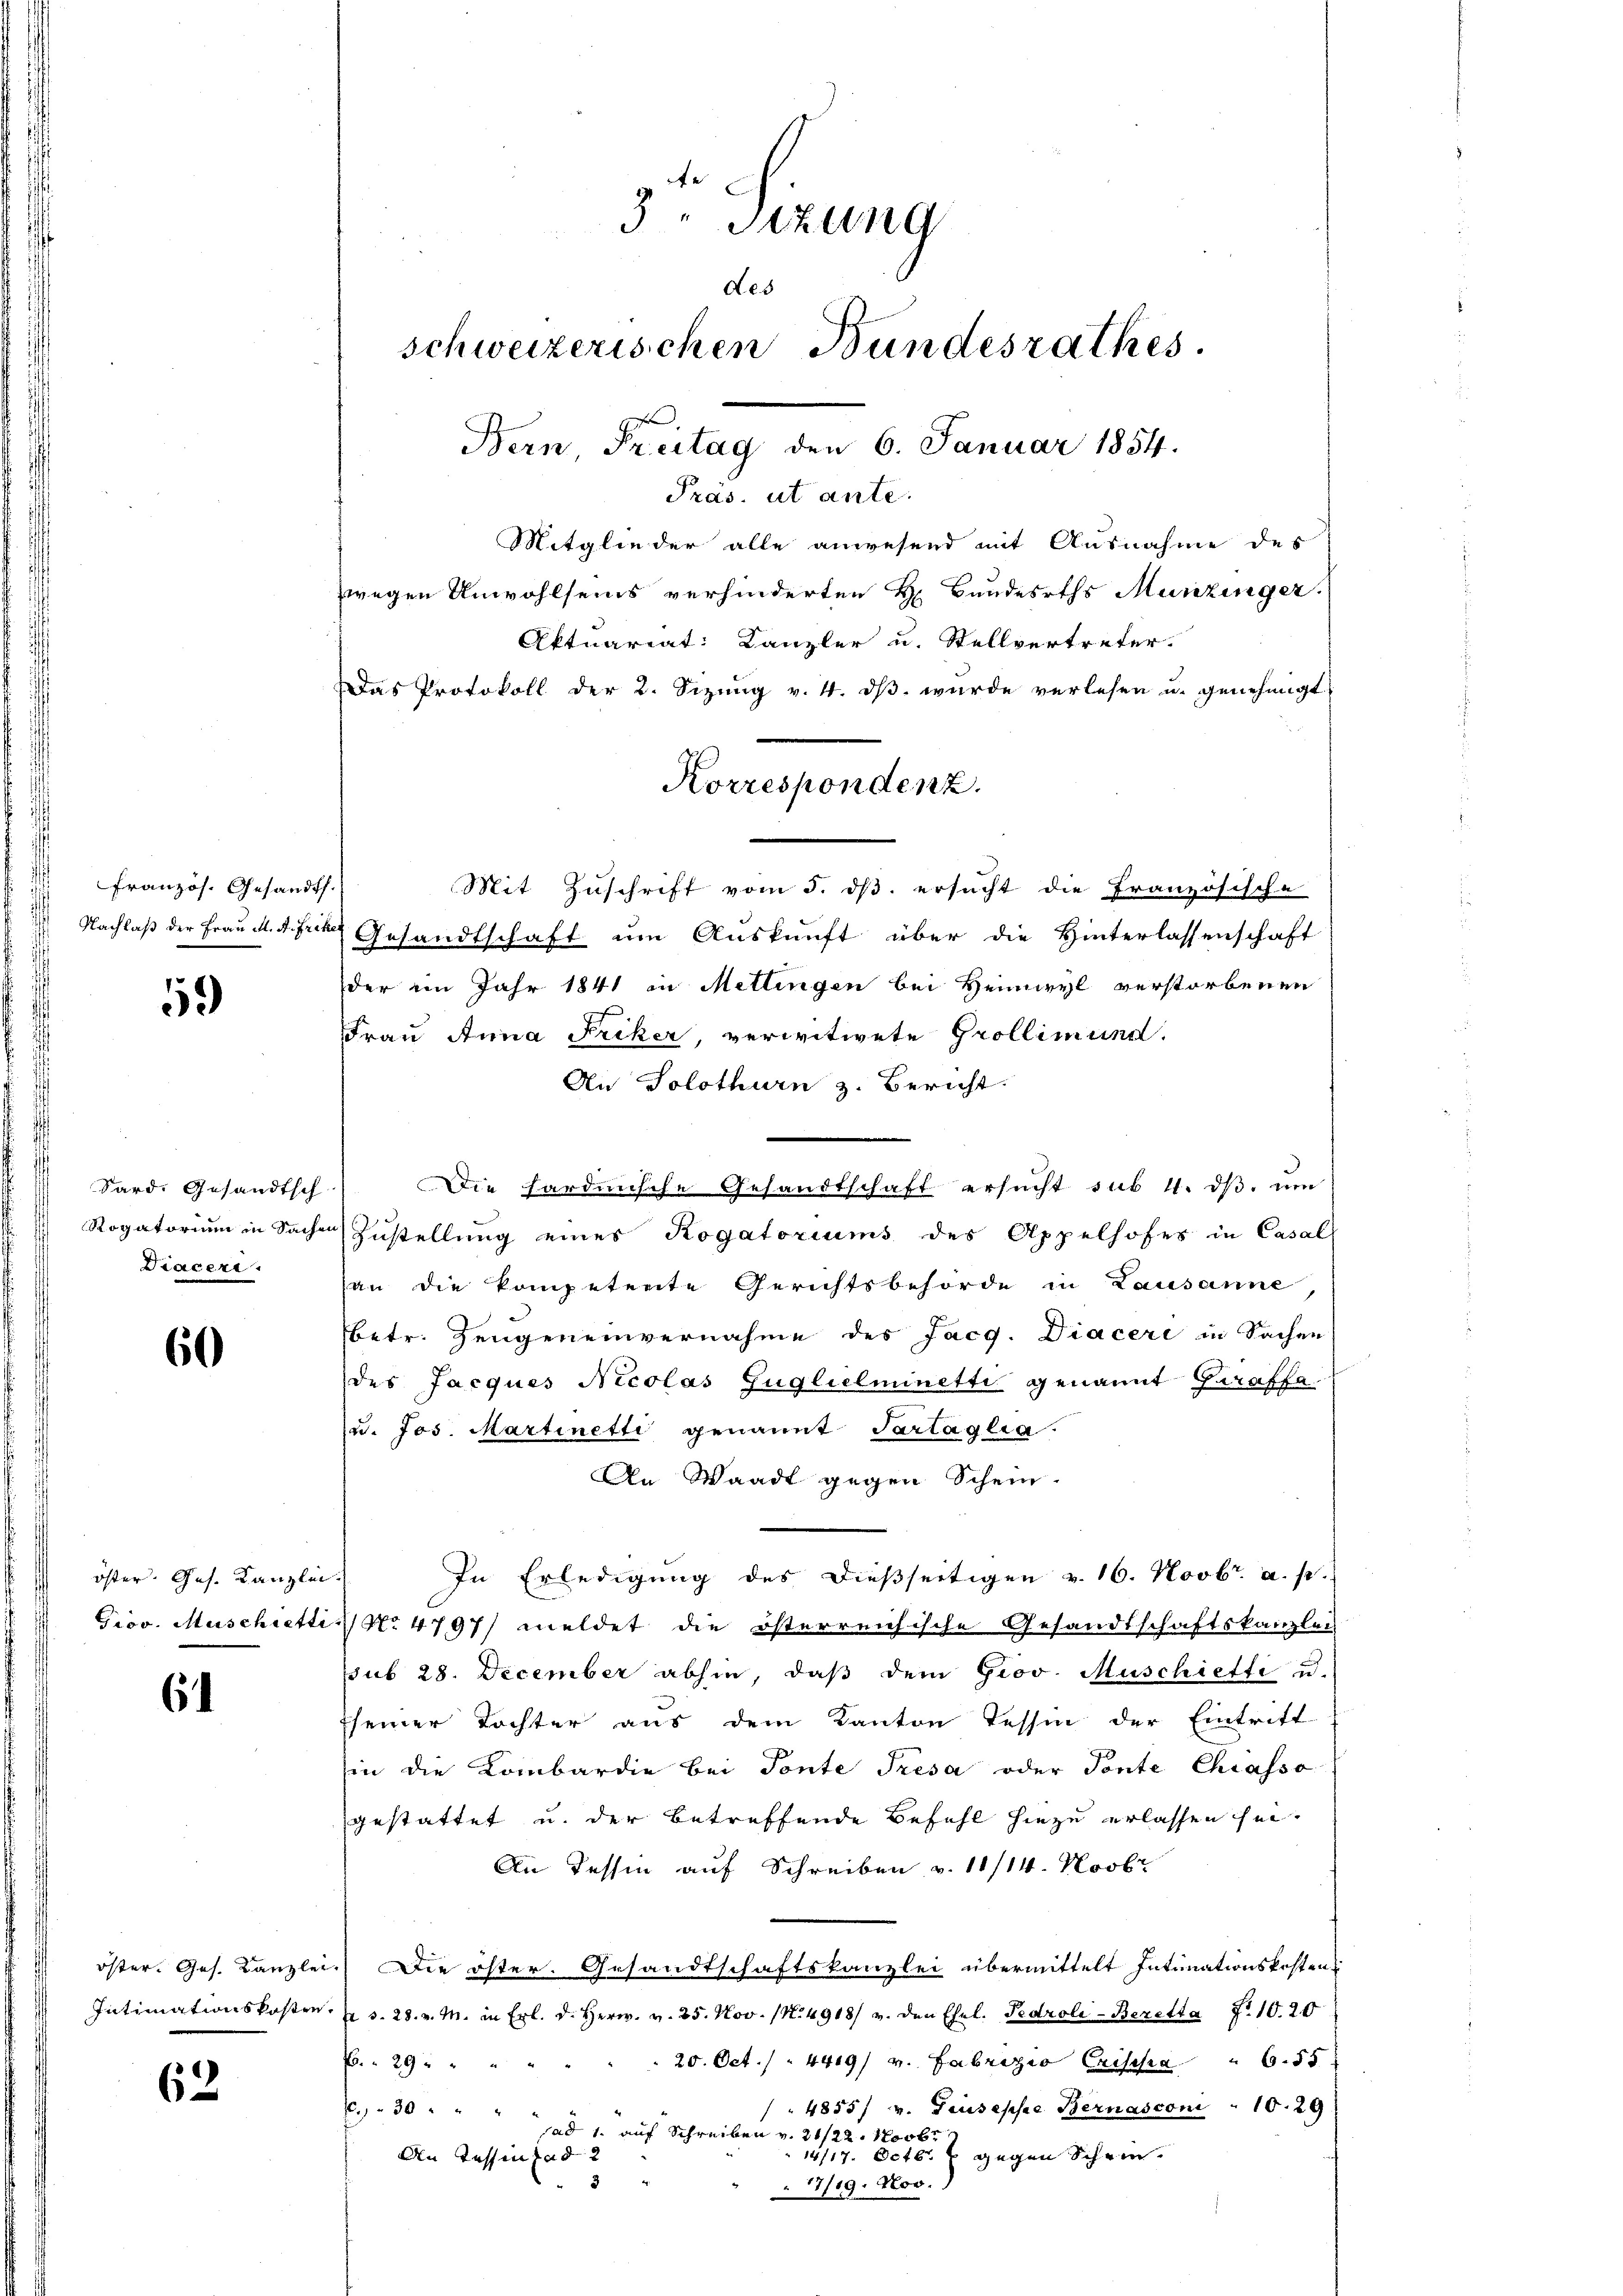
Französ. Gesandts

59

Diacere.

60

öster Jes. Kanzlei.

6

Intimationskostre

62

3- Sizung
des
schweizerischen Bundesrathes.
Bern, Freitag den 6. Januar 1854.

Pras. ut ante.

Korrespondenz.

Mitglieder alle anwesend mit Ausnahme des
zwegen Unwohlseins verhinderten H. Bundesrths Munzinger.
Aktuariat: Kanzler u. Stellvertreter.
Das Protokoll der 2. Sizŭng v. 4. dβ. wurde verlesen u. genehmigt.
Mit Zuschrift vom 5. ds. ersucht die Französische
 Nachlaß der Frau d. M. fiche Gesandtschaft um Auskunft über die Hinterlassenschaft
der im Jahr 1841 in Mettingen bei Heimwyl verstorbenen
Frau Anna Friker, verwitwete Grollimund.
An Solothurn z. Bericht.
Sard. Gesandtsch. Die hardinische Gesandtschaft ersucht sub 1. dβ. um
Rogatorium in Sache Zustellung eines Rogatoriums des Appelhofes in Casal
an die kompetente Gerichtsbehörde in Lausanne,
(betr. Zeugeneinvernahme des Jacq. Diaceri in Sachen
des Jacques Nicolas Guglielminetti genannt haaffa
u. Jos. Martinetti genannt Tartaglia.
An Waadt gegen Schein.
In Erledigung des dießseitigen v. 16. Novbr. a. p.
Grov. Muschietti No 4797/ meldet die österreichische Gesandtschaftskanzlei
sub 28. December abhin, daß dem Giov. Muschietti u.
sseiner Tochter aus dem Kanton Tessin der Eintritt
in die Kombardie bei Tonte Tresa oder Tonte Chiasso
gestattet u. der betreffende Befehl hiezu erlassen sei.
An Tessin auf Schreiben v. 11/14. Novbr
öster. Ges. Kanzlei.) Die öster. Gesandtschaftskanzlei übermittelt Intimationskostens
 d. 28. v. M. in Frl. d. Herr. v. 25. Nov. 14918/ v. den Ehel. Pedroli-Beretta 7.10. 20
20. Oct. / 4419/ v. Fabrizio Crischa " 6.55
P. 29.
4855/ v. Giuseppe Bernasconi : 1029
 30.
sad 1. auf Schreiben v. 21/22. Novbr
 818 f gegen Schein.
An Tessin tad
3
17/19. Nov.